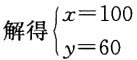
解得\(\begin{cases}x = 100\\y = 60\end{cases}\)